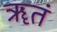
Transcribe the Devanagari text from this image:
ॠतं